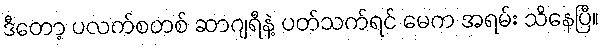
ဒီတော့ ပလက်စတစ် ဆာဂျရီနဲ့ ပတ်သက်ရင် မေက အရမ်း သိနေပြီ။